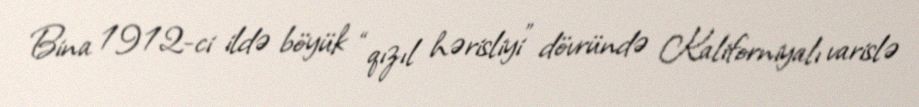
Bina 1912-ci ildə böyük “qızıl hərisliyi” dövründə Kaliforniyalı varislə